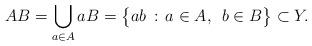
LaTeX: \begin{align*}AB = \bigcup_{a \in A} aB = \big\{ ab \, : \, a \in A, \enskip b \in B \big\} \subset Y.\end{align*}